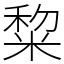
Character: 䊍